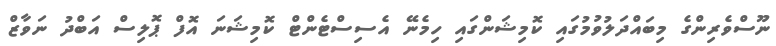
ނޫސްވެރިންގެ މިބައްދަލުވުމުގައި ކޮމިޝަންގައި ހިމެނޭ އެސިސްޓެންޓް ކޮމިޝަނަ އޮފް ޕޮލިސް އަބްދު ނަވާޒް